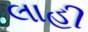
લાહી